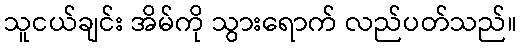
သူငယ်ချင်း အိမ်ကို သွားရောက် လည်ပတ်သည်။